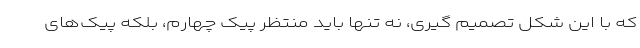
که با این شکل تصمیم گیری، نه تنها باید منتظر پیک چهارم، بلکه پیک‌های